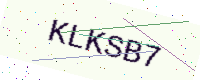
Text: KLKSB7